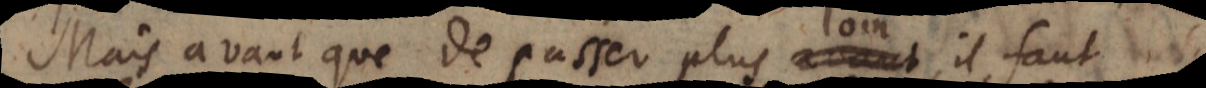
Mais avant que de passer plus avant, il fa